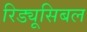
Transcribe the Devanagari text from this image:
रिड्यूसिबल